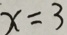
x = 3